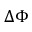
\Delta \Phi